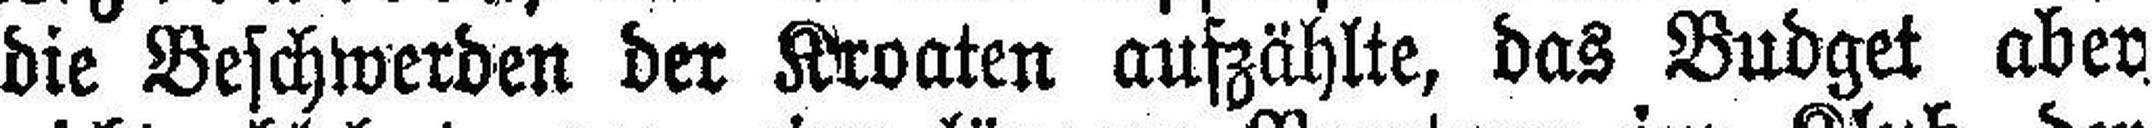
die Beschwerden der Kroaten aufzählte, das Budget aber